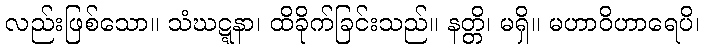
လည်းဖြစ်သော။ သံဃဋ္ဋနာ၊ ထိခိုက်ခြင်းသည်။ နတ္တိ၊ မရှိ။ မဟာဝိဟာရေပိ၊